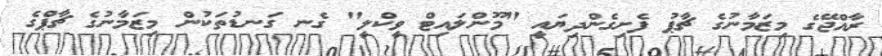
ރާއްޖޭގެ މިޒަމާނުގެ ޗާޕު ފެށިގެންދިޔައީ "މޫންލައިޓް ވީކްލީ" ގެނ ގަނޑުތަކުން މިޒަމާނުގެ ޗާޕްގެ